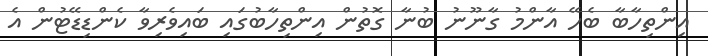
އިންތިހާބާ ބެހޭ އާންމު ގާނޫނު ބުނާ ގޮތުން އިންތިހާބުގައި ބައިވެރިވާ ކެންޑިޑޭޓުން އެ